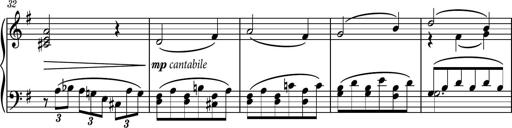
Title: Piano Sonatina No.7
Composer: Dimitri Sykias
Key: G major